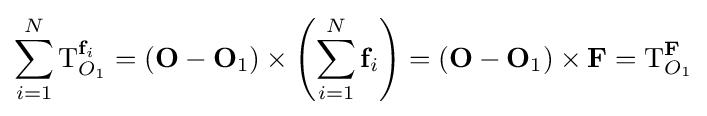
\sum _{i=1}^{N}\mathbf {\mathrm {T} } _{O_{1}}^{\mathbf {f} _{i}}=(\mathbf {O} -\mathbf {O} _{1})\times \left(\sum _{i=1}^{N}\mathbf {f} _{i}\right)=(\mathbf {O} -\mathbf {O} _{1})\times \mathbf {F} =\mathbf {\mathrm {T} } _{O_{1}}^{\mathbf {F} }